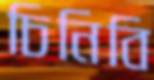
চিনিবি